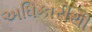
અધિકારીથી